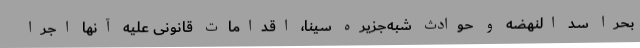
بحرا سد النهضه و حوادث شبه‌جزیره سینا، اقدامات قانونی علیه آنها اجرا